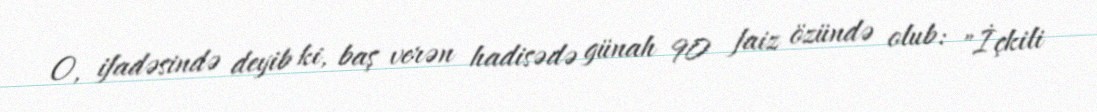
O, ifadəsində deyib ki, baş verən hadisədə günah 90 faiz özündə olub: "İçkili